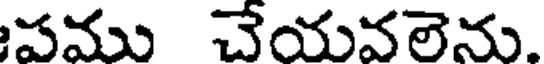
పము చేయవలెను.